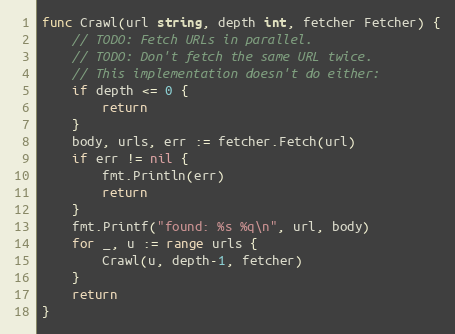
Language: Go
func Crawl(url string, depth int, fetcher Fetcher) {
	// TODO: Fetch URLs in parallel.
	// TODO: Don't fetch the same URL twice.
	// This implementation doesn't do either:
	if depth <= 0 {
		return
	}
	body, urls, err := fetcher.Fetch(url)
	if err != nil {
		fmt.Println(err)
		return
	}
	fmt.Printf("found: %s %q\n", url, body)
	for _, u := range urls {
		Crawl(u, depth-1, fetcher)
	}
	return
}